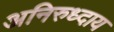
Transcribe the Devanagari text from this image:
अनिरुध्दाय